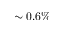
\sim 0 . 6 \%